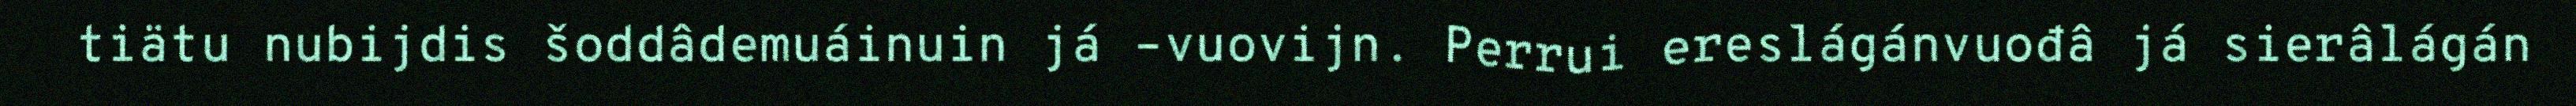
tiätu nubijdis šoddâdemuáinuin já –vuovijn. Perrui ereslágánvuođâ já sierâlágán